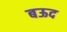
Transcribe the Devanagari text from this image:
बऊद